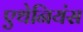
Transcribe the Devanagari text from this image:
एथेनियंस